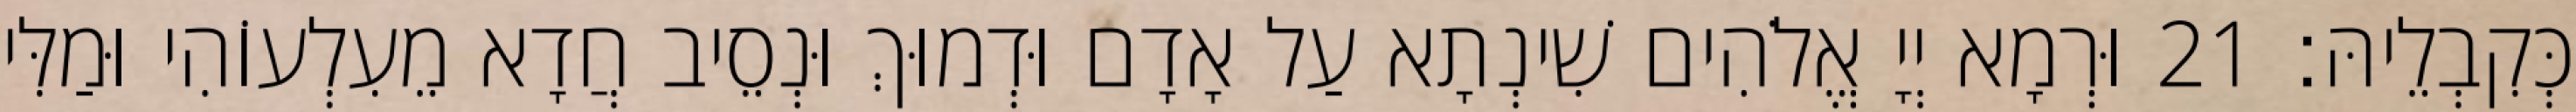
כְּקִבְלֵיהּ׃ 21 וּרְמָא יְיָ אֱלֹהִים שִׁינְתָא עַל אָדָם וּדְמוּךְ וּנְסֵיב חֲדָא מֵעִלְעוֹהִי וּמַלִּי